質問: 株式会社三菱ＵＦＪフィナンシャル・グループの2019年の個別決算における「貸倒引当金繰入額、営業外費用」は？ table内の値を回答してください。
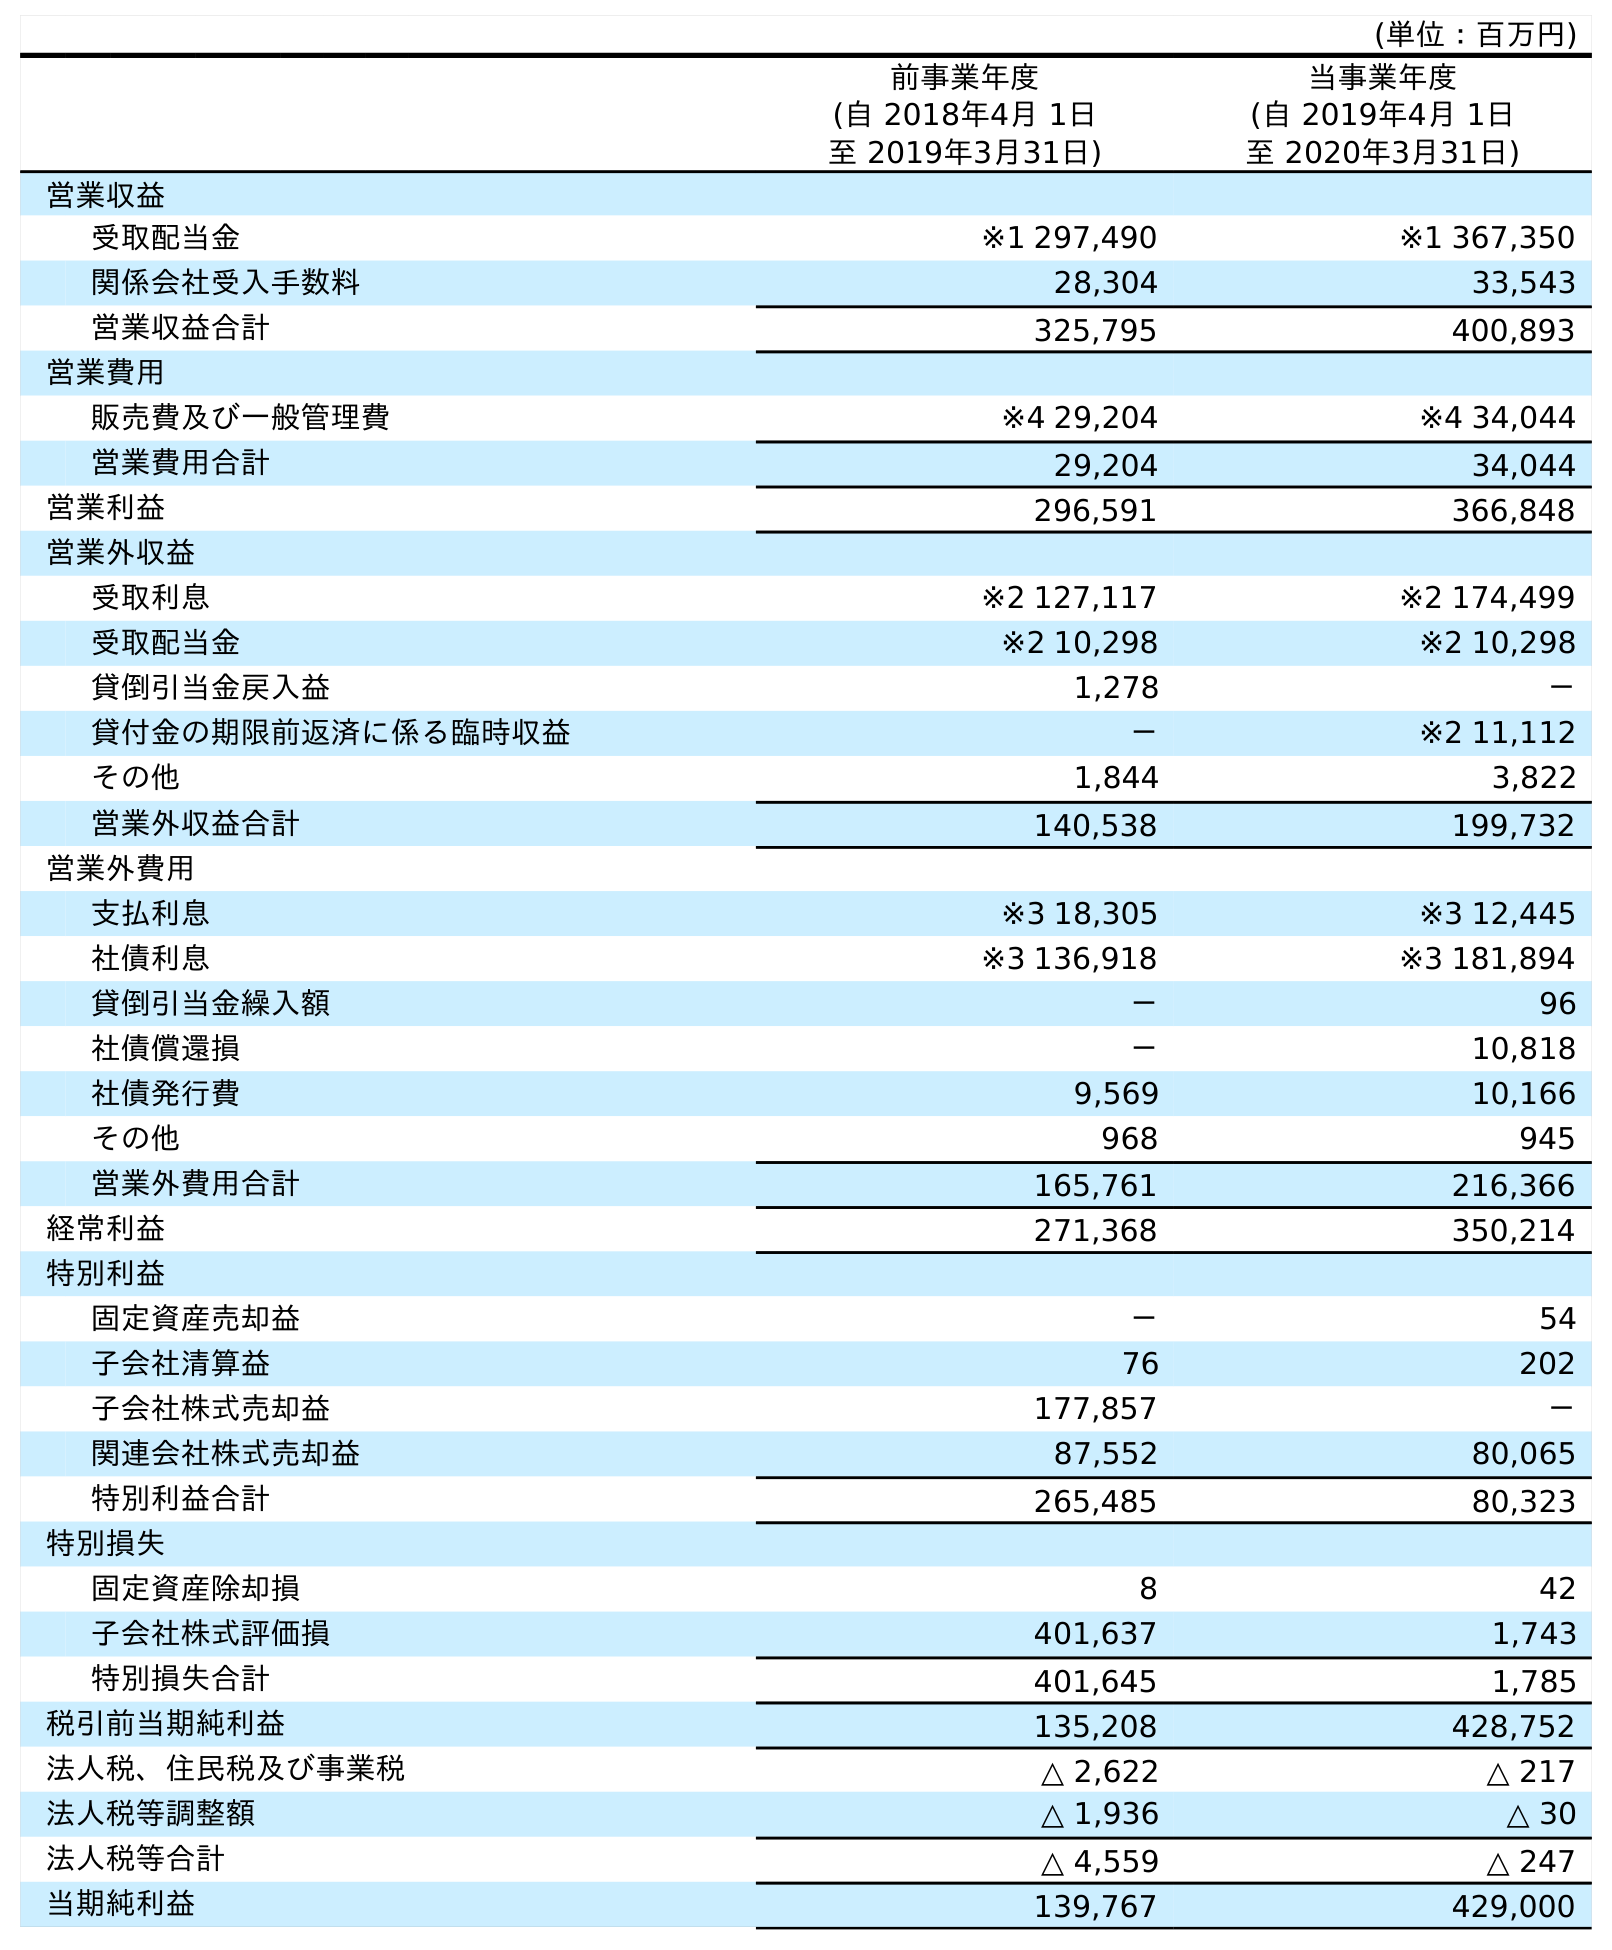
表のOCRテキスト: (単位：百万円) 前事業年度 (自 2018年4月 1日 至 2019年3月31日) 当事業年度 (自 2019年4月 1日 至 2020年3月31日) 営業収益 受取配当金 ※1 297,490 ※1 367,350 関係会社受入手数料 28,304 33,543 営業収益合計 325,795 400,893 営業費用 販売費及び一般管理費 ※4 29,204 ※4 34,044 営業費用合計 29,204 34,044 営業利益 296,591 366,848 営業外収益 受取利息 ※2 127,117 ※2 174,499 受取配当金 ※2 10,298 ※2 10,298 貸倒引当金戻入益 1,278 － 貸付金の期限前返済に係る臨時収益 － ※2 11,112 その他 1,844 3,822 営業外収益合計 140,538 199,732 営業外費用 支払利息 ※3 18,305 ※3 12,445 社債利息 ※3 136,918 ※3 181,894 貸倒引当金繰入額 － 96 社債償還損 － 10,818 社債発行費 9,569 10,166 その他 968 945 営業外費用合計 165,761 216,366 経常利益 271,368 350,214 特別利益 固定資産売却益 － 54 子会社清算益 76 202 子会社株式売却益 177,857 － 関連会社株式売却益 87,552 80,065 特別利益合計 265,485 80,323 特別損失 固定資産除却損 8 42 子会社株式評価損 401,637 1,743 特別損失合計 401,645 1,785 税引前当期純利益 135,208 428,752 法人税、住民税及び事業税 △ 2,622 △ 217 法人税等調整額 △ 1,936 △ 30 法人税等合計 △ 4,559 △ 247 当期純利益 139,767 429,000
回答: －